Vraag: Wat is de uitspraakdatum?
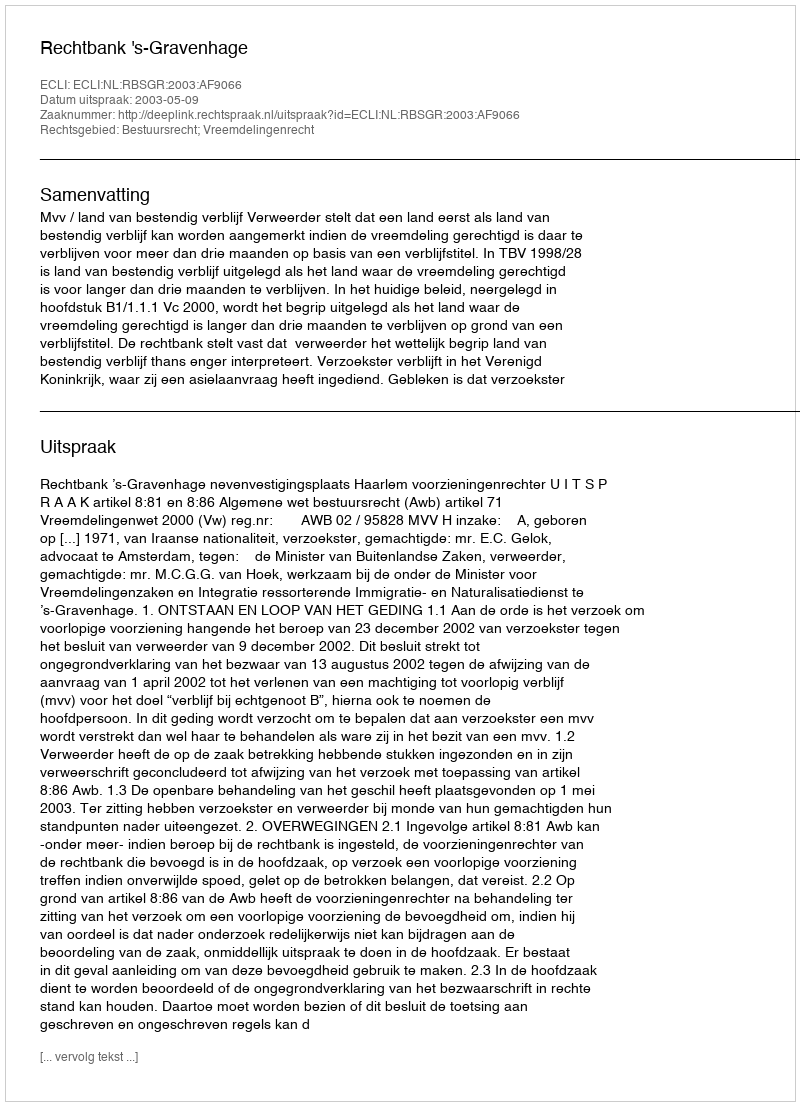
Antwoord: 2003-05-09